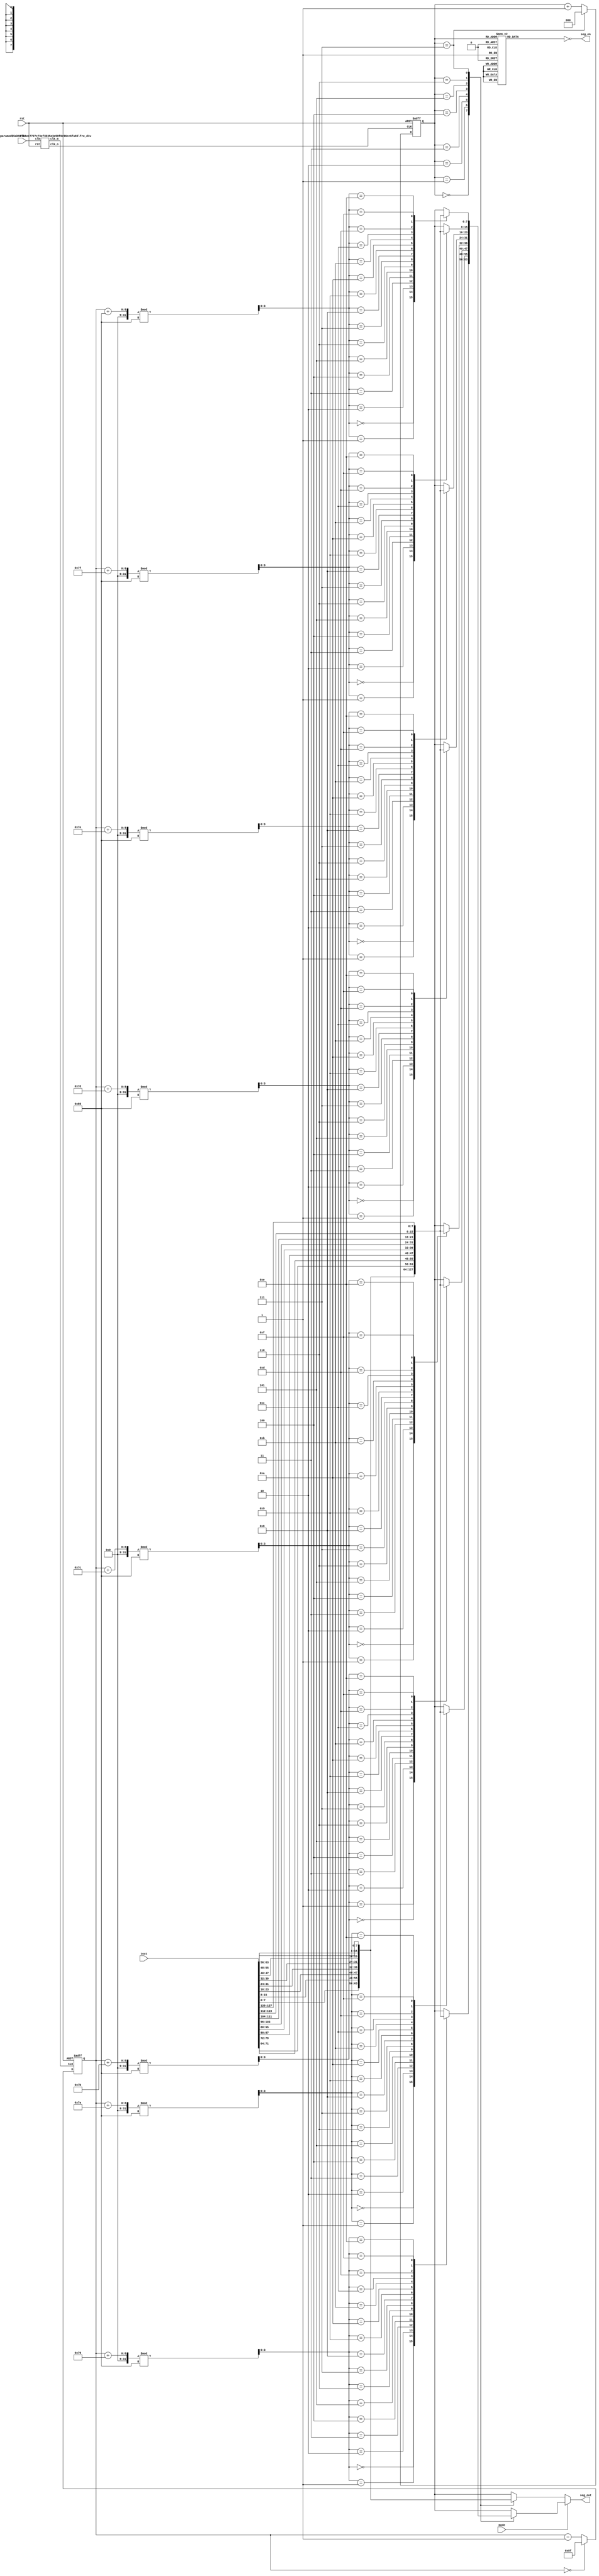
`timescale 1ns / 1ps

//
module show (
    input clk, rst, 
    input mode,
    input [127:0] text,
    output [7:0] seg_en,
    output reg [7:0] seg_out
    );
    
    wire [7:0] tube_char[15:0];
    assign tube_char[0] = text[7:0];
    assign tube_char[1] = text[15:8];
    assign tube_char[2] = text[23:16];
    assign tube_char[3] = text[31:24];
    assign tube_char[4] = text[39:32];
    assign tube_char[5] = text[47:40];
    assign tube_char[6] = text[55:48];
    assign tube_char[7] = text[63:56];
    assign tube_char[8] = text[71:64];
    assign tube_char[9] = text[79:72];
    assign tube_char[10] = text[87:80];
    assign tube_char[11] = text[95:88];
    assign tube_char[12] = text[103:96];
    assign tube_char[13] = text[111:104];
    assign tube_char[14] = text[119:112];
    assign tube_char[15] = text[127:120];

    reg [7:0] seg_en_r;
    assign seg_en = ~seg_en_r;
    
    wire clk_out;//update
    wire clk_move;//move
    fre_div #(200000,50000000) fd(.clk(clk),.rst(rst),.clk_m(clk_move),.clk_o(clk_out));

    reg [2:0] select;
    always @(posedge clk_out, posedge rst) begin
        if(rst)
            select <= 0;
        else begin
            select <= select + 1;
            if(select == 3'b111)
                select <= 0;
        end
    end
    
    always @(select) begin
        case(select)
            3'b000: seg_en_r = 8'b0000_0001;
            3'b001: seg_en_r = 8'b0000_0010;
            3'b010: seg_en_r = 8'b0000_0100;
            3'b011: seg_en_r = 8'b0000_1000;
            3'b100: seg_en_r = 8'b0001_0000;
            3'b101: seg_en_r = 8'b0010_0000;
            3'b110: seg_en_r = 8'b0100_0000;
            3'b111: seg_en_r = 8'b1000_0000;
            default: seg_en_r = 8'b0000_0000;
        endcase
    end

    reg [7:0] ind = 6'b0;
    always @(posedge clk_move, posedge rst) begin
        if(rst)
            ind <= 8'd143; 
        else begin
            ind <= ind - 1'b1;
            if(ind == 8'd0)
                ind <= 8'd143;
        end   
    end

    always @(select, ind) begin
        if(mode) begin
            case(select)
                3'b000: seg_out = tube_char[(ind+121)%128];
                3'b001: seg_out = tube_char[(ind+122)%128];
                3'b010: seg_out = tube_char[(ind+123)%128];
                3'b011: seg_out = tube_char[(ind+124)%128];
                3'b100: seg_out = tube_char[(ind+125)%128];
                3'b101: seg_out = tube_char[(ind+126)%128];
                3'b110: seg_out = tube_char[(ind+127)%128];
                3'b111: seg_out = tube_char[(ind+128)%128];
                default:seg_out = 8'b1111_1111;
            endcase
        end
        else begin
            case(select)
                3'b000: seg_out = tube_char[0];
                3'b001: seg_out = tube_char[1];
                3'b010: seg_out = tube_char[2];
                3'b011: seg_out = tube_char[3];
                3'b100: seg_out = tube_char[4];
                3'b101: seg_out = tube_char[5];
                3'b110: seg_out = tube_char[6];
                3'b111: seg_out = tube_char[7];
                default:seg_out = 8'b1111_1111;
            endcase
        end
    end
endmodule

module fre_div #(parameter p1 = 200000,
                parameter p2 = 50000000) (
    input clk, rst,
    output clk_m, clk_o
    );
    reg clk_move, clk_out;
    assign clk_m = clk_move;
    assign clk_o = clk_out;
    reg [31:0]cnt1;
    always @(posedge clk, posedge rst) begin
        if(rst) begin
            cnt1 <= 0;
            clk_out <= 0;
        end
        else begin
            if(cnt1 == (p1>>1) - 1)begin
                clk_out <= ~clk_out;
                cnt1 <= 0;
            end
            else begin
                cnt1 <= cnt1 + 1;
            end
        end
    end
    
    reg [31:0] cnt2;
    always @(posedge clk, posedge rst) begin
        if(rst)begin
            cnt2 <= 0;
            clk_move <= 0;
        end
        else begin
            if(cnt2 == (p2>>1) - 1)begin
                clk_move <= ~clk_move;
                cnt2 <= 0;
            end
            else begin
                cnt2 <= cnt2 + 1;
            end
        end 
    end
endmodule